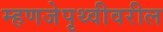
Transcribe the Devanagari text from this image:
म्हणजेपृथ्वीवरील